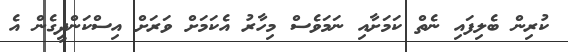
ކުރިން ބެލިފައި ނެތް ކަމަށާއި ނަމަވެސް މިހާރު އެކަމަށް ވަރަށް އިސްކަންދީގެން އެ